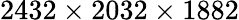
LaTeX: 2432\times 2032\times 1882